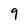
Character: 9